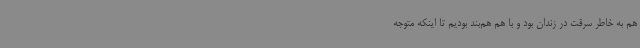
هم به خاطر سرقت در زندان بود و با هم هم‌بند بودیم تا اینکه متوجه